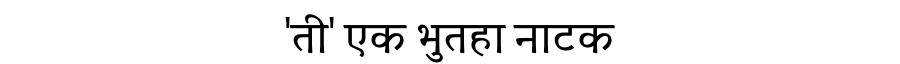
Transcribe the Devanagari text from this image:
'ती' एक भुतहा नाटक